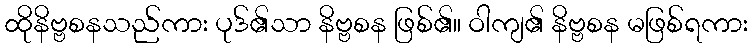
ထိုနိဗ္ဗစနသည်ကား ပုဒ်၏သာ နိဗ္ဗစန ဖြစ်၏။ ဝါကျ၏ နိဗ္ဗစန မဖြစ်ရကား